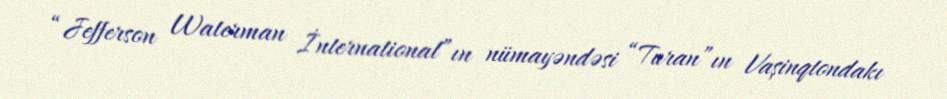
“Jefferson Waterman İnternational”ın nümayəndəsi “Turan”ın Vaşinqtondakı